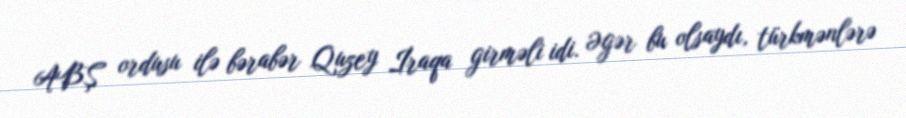
ABŞ ordusu ilə bərabər Quzey İraqa girməli idi. Əgər bu olsaydı, türkmənlərə